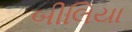
બીલિયા